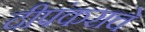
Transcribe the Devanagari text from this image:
दीपंकराचे